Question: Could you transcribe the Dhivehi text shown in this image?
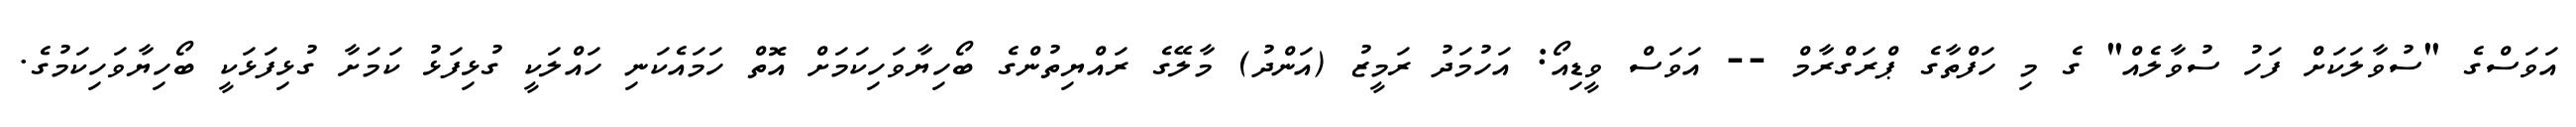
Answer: އަވަސްގެ "ސުވާލަކަށް ފަހު ސުވާލެއް" ގެ މި ހަފްތާގެ ޕްރަގްރާމް -- އަވަސް ވީޑިއޯ: އަހުމަދު ރަމީޒު (އަންދު) މާލޭގެ ރައްޔިތުންގެ ބޯހިޔާވަހިކަމަށް އޮތް ހަމައެކަނި ހައްލަކީ ގުޅިފަޅު ކަމަށާ ގުޅިފަޅަކީ ބޯހިޔާވަހިކަމުގެ.